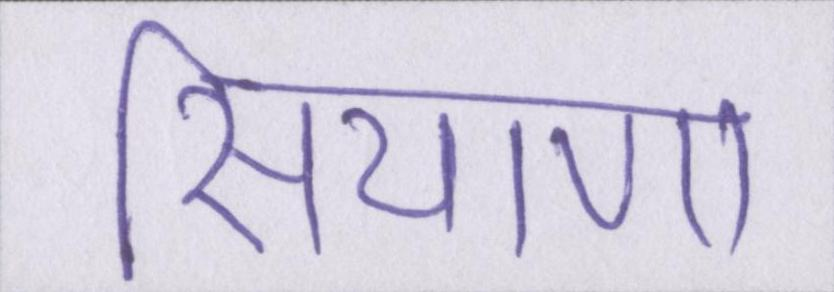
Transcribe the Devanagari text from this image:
सियाणा